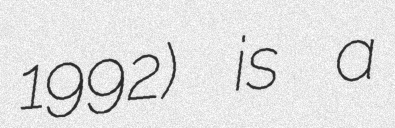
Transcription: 1992) is a